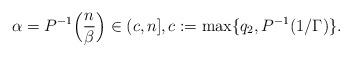
LaTeX: \begin{align*} \alpha = P^{-1} \Big( \frac n\beta \Big) \in ( c, n], c := \max \{q_2, P^{-1}(1/\Gamma)\}.\end{align*}